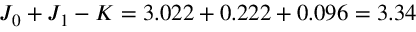
J _ { 0 } + J _ { 1 } - K = 3 . 0 2 2 + 0 . 2 2 2 + 0 . 0 9 6 = 3 . 3 4